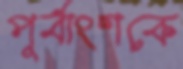
পূর্বাংশকে